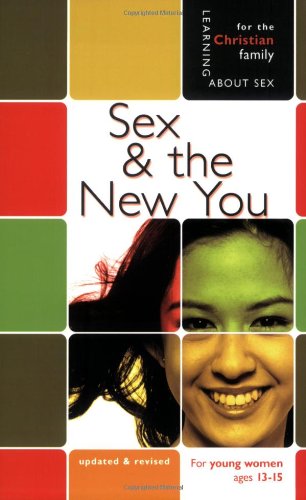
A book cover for Sex & the New You: For Young Women Ages 13-15 (Learning about Sex); Richard Bimler; Teen & Young Adult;